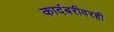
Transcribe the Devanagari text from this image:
कादंबरीवरही